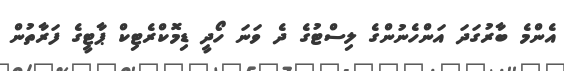
އެންމެ ބާރުގަދަ އަންހެނުންގެ ލިސްޓުގެ ދެ ވަނަ ހޯދީ ޑިމޮކްރެޓިކް ޕާޓީގެ ފަރާތުން